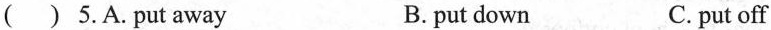
( ) 5.A.put away B. put down C. put off